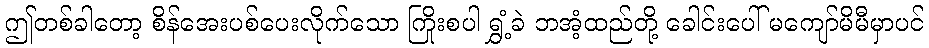
ဤတစ်ခါတော့ စိန်အေးပစ်ပေးလိုက်သော ကြိုးစပါ ရွှံ့ခဲ ဘအံ့ထည်တို့ ခေါင်းပေါ် မကျော်မိမီမှာပင်